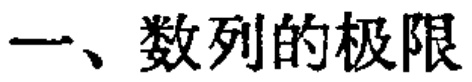
一、数列的极限